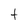
Character: t